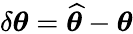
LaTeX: \delta\boldsymbol{\theta}=\widehat{\boldsymbol{\theta}}-\boldsymbol{\theta}